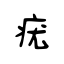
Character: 疣